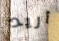
أريد